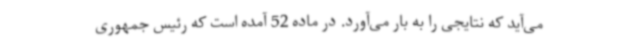
می‌آید که نتایجی را به بار می‌آورد. در ماده 52 آمده است که رئیس جمهوری